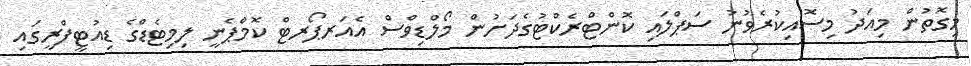
މިގޮތުން މިއަދު މިސޮއިކުރެވުނު ސަޕްލައި ކޮންޓްރެކްޓުގެދަށުން މޯލްޑިވްސް އެއަރޕޯރޓް ކޮމްޕެނީ ލިމިޓެޑްގެ ޑިއުޓީފްރީގައި